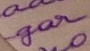
gai